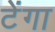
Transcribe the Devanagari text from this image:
टेंगा